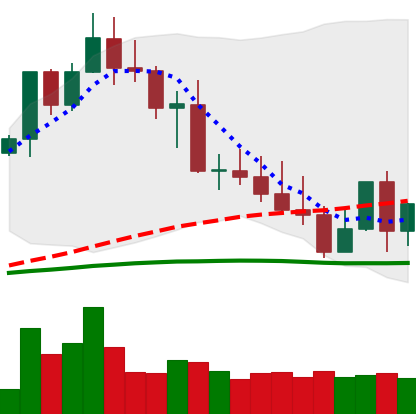
Ticker: XMR-USD
Chart end date: 2022-05-06
Forward return: -36.063%
Label: down_7plus